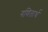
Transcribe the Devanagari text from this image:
गणितार्थ